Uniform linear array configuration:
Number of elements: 24
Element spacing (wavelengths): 0.5
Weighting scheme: kaiser
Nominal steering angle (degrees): -45
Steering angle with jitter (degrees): -46.888
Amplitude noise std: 0.05
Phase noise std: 0.05

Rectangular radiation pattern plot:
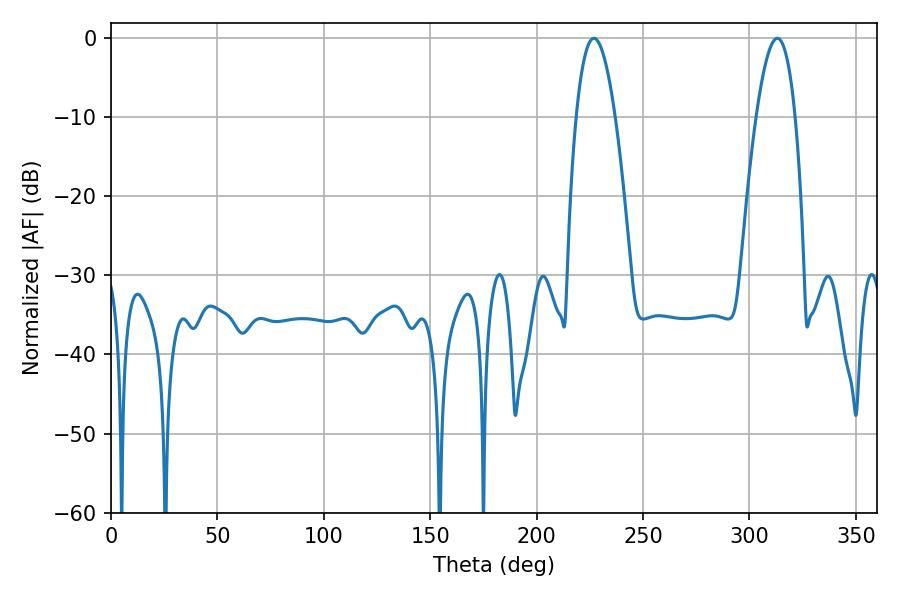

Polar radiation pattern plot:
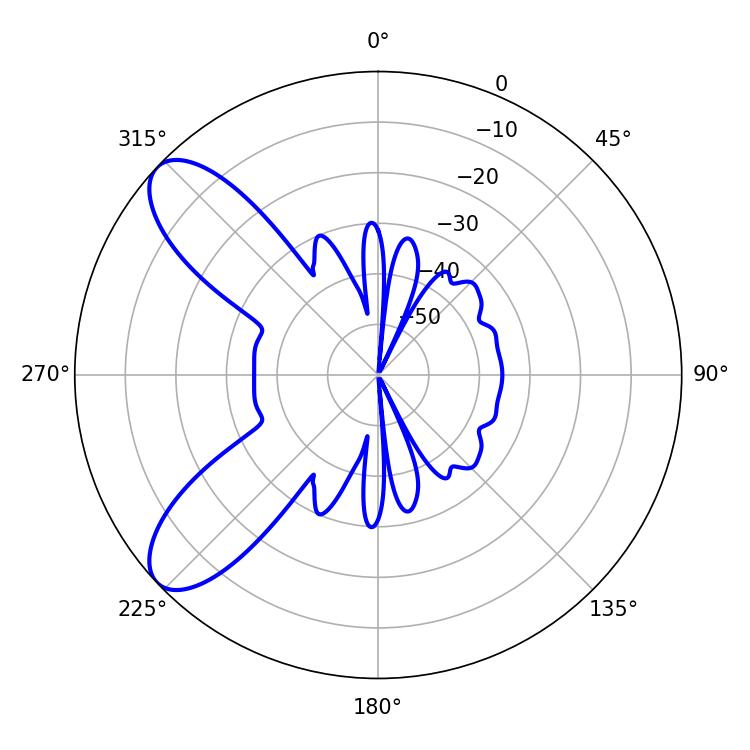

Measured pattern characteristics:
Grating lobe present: FALSE
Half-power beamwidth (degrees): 10.08
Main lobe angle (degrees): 226.98